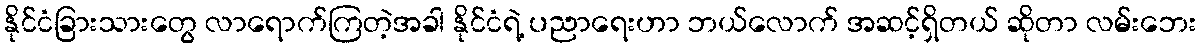
နိုင်ငံခြားသားတွေ လာရောက်ကြတဲ့အခါ နိုင်ငံရဲ့ ပညာရေးဟာ ဘယ်လောက် အဆင့်ရှိတယ် ဆိုတာ လမ်းဘေး